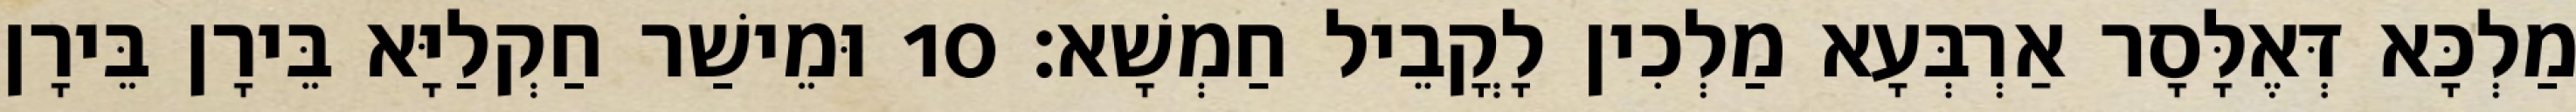
מַלְכָּא דְּאֶלָּסָר אַרְבְּעָא מַלְכִין לָקֳבֵיל חַמְשָׁא׃ 10 וּמֵישַׁר חַקְלַיָּא בֵּירָן בֵּירָן